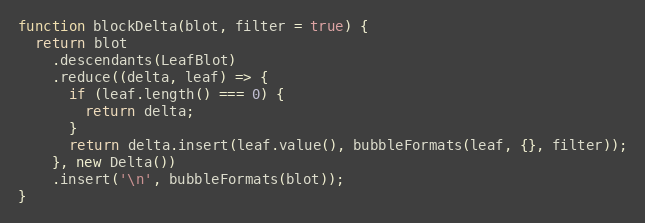
Language: JavaScript
function blockDelta(blot, filter = true) {
  return blot
    .descendants(LeafBlot)
    .reduce((delta, leaf) => {
      if (leaf.length() === 0) {
        return delta;
      }
      return delta.insert(leaf.value(), bubbleFormats(leaf, {}, filter));
    }, new Delta())
    .insert('\n', bubbleFormats(blot));
}